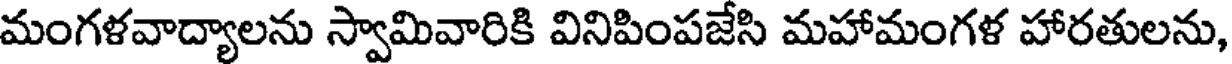
మంగళవాద్యాలను స్వామివారికి వినిపింపజేసి మహామంగళ హారతులను,